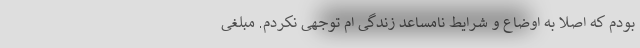
بودم که اصلا به اوضاع و شرایط نامساعد زندگی ام توجهی نکردم. مبلغی